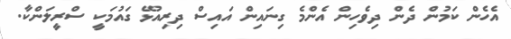
އެހެން ކަމުން ދެން ދިވެހިން އެންމެ ގިނައިން އައިސް ދިރިއުޅޭ ގައުމަކީ ސްރީލަންކާ.